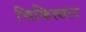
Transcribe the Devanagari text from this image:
चिकित्सार